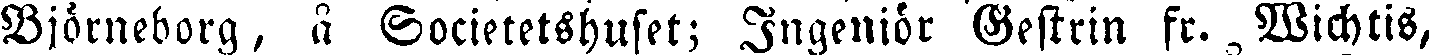
Björneborg, å Societetshuset; Ingeniör Gestrin fr. Wichtis,